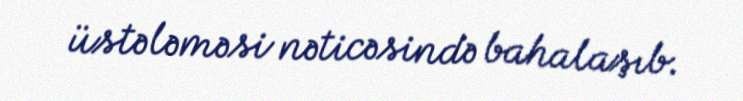
üstələməsi nəticəsində bahalaşıb.